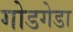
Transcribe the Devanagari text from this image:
गोडगेडा